Annual administration report of the Civil Veterinary Department, Ajmere-Merwara, British Rajputana - 1914-1940
Year: 1914
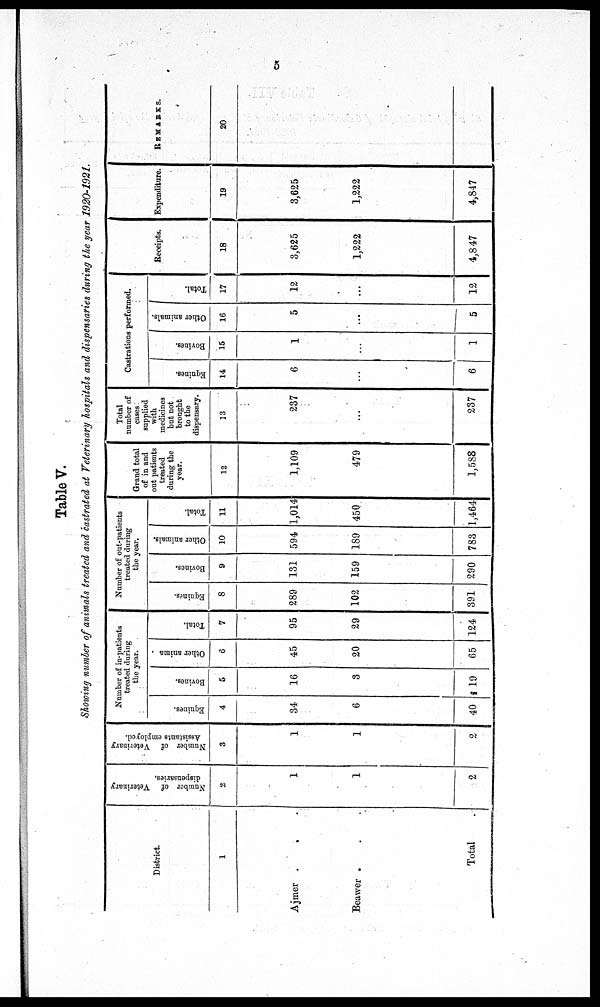
5
Table V.
Showing number of animals treated and castrated at Veterinary hospitals and dispensaries during the year 1920-1921.
District.
1
Ajmer . . .
Beawer . . .
Total .
Number of Veterinary
dispensaries.
2
1
1
2
Number of Veterinary
Assistants employed.
3
1
1
2
Number of
treated dur
the year.
Equines.
4
34
6
40
Bovines.
5
16
3
19
Other anima
6
45
20
65
Total.
7
95
29
124
Number of out-patients
treated during
the year.
Equines.
8
289
102
391
Bovines.
9
131
159
290
Other animals.
10
594
189
783
Total.
11
1,014
450
1,464
Grand total
of in and
out patients
treated
during the
year.
12
1,109
479
1,588
Total
number of
cases
supplied
with
medicines
but not
brought
to the
dispensary.
13
237
...
237
Castrations performed.
Equines.
14
6
...
6
Bovines.
15
1
..
1
Other animals.
16
5
...
5
Total.
17
12
...
12
Receipts.
18
3,625
1,222
4,847
Expenditure.
19
3,625
1,222
4,847
REMARKS.
20